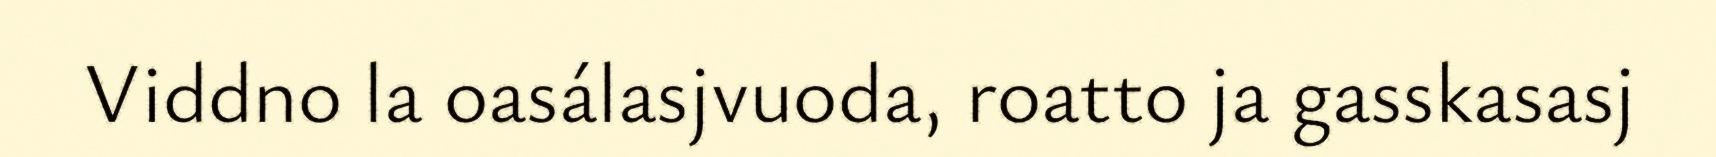
Viddno la oasálasjvuoda, roatto ja gasskasasj